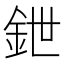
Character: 鉪